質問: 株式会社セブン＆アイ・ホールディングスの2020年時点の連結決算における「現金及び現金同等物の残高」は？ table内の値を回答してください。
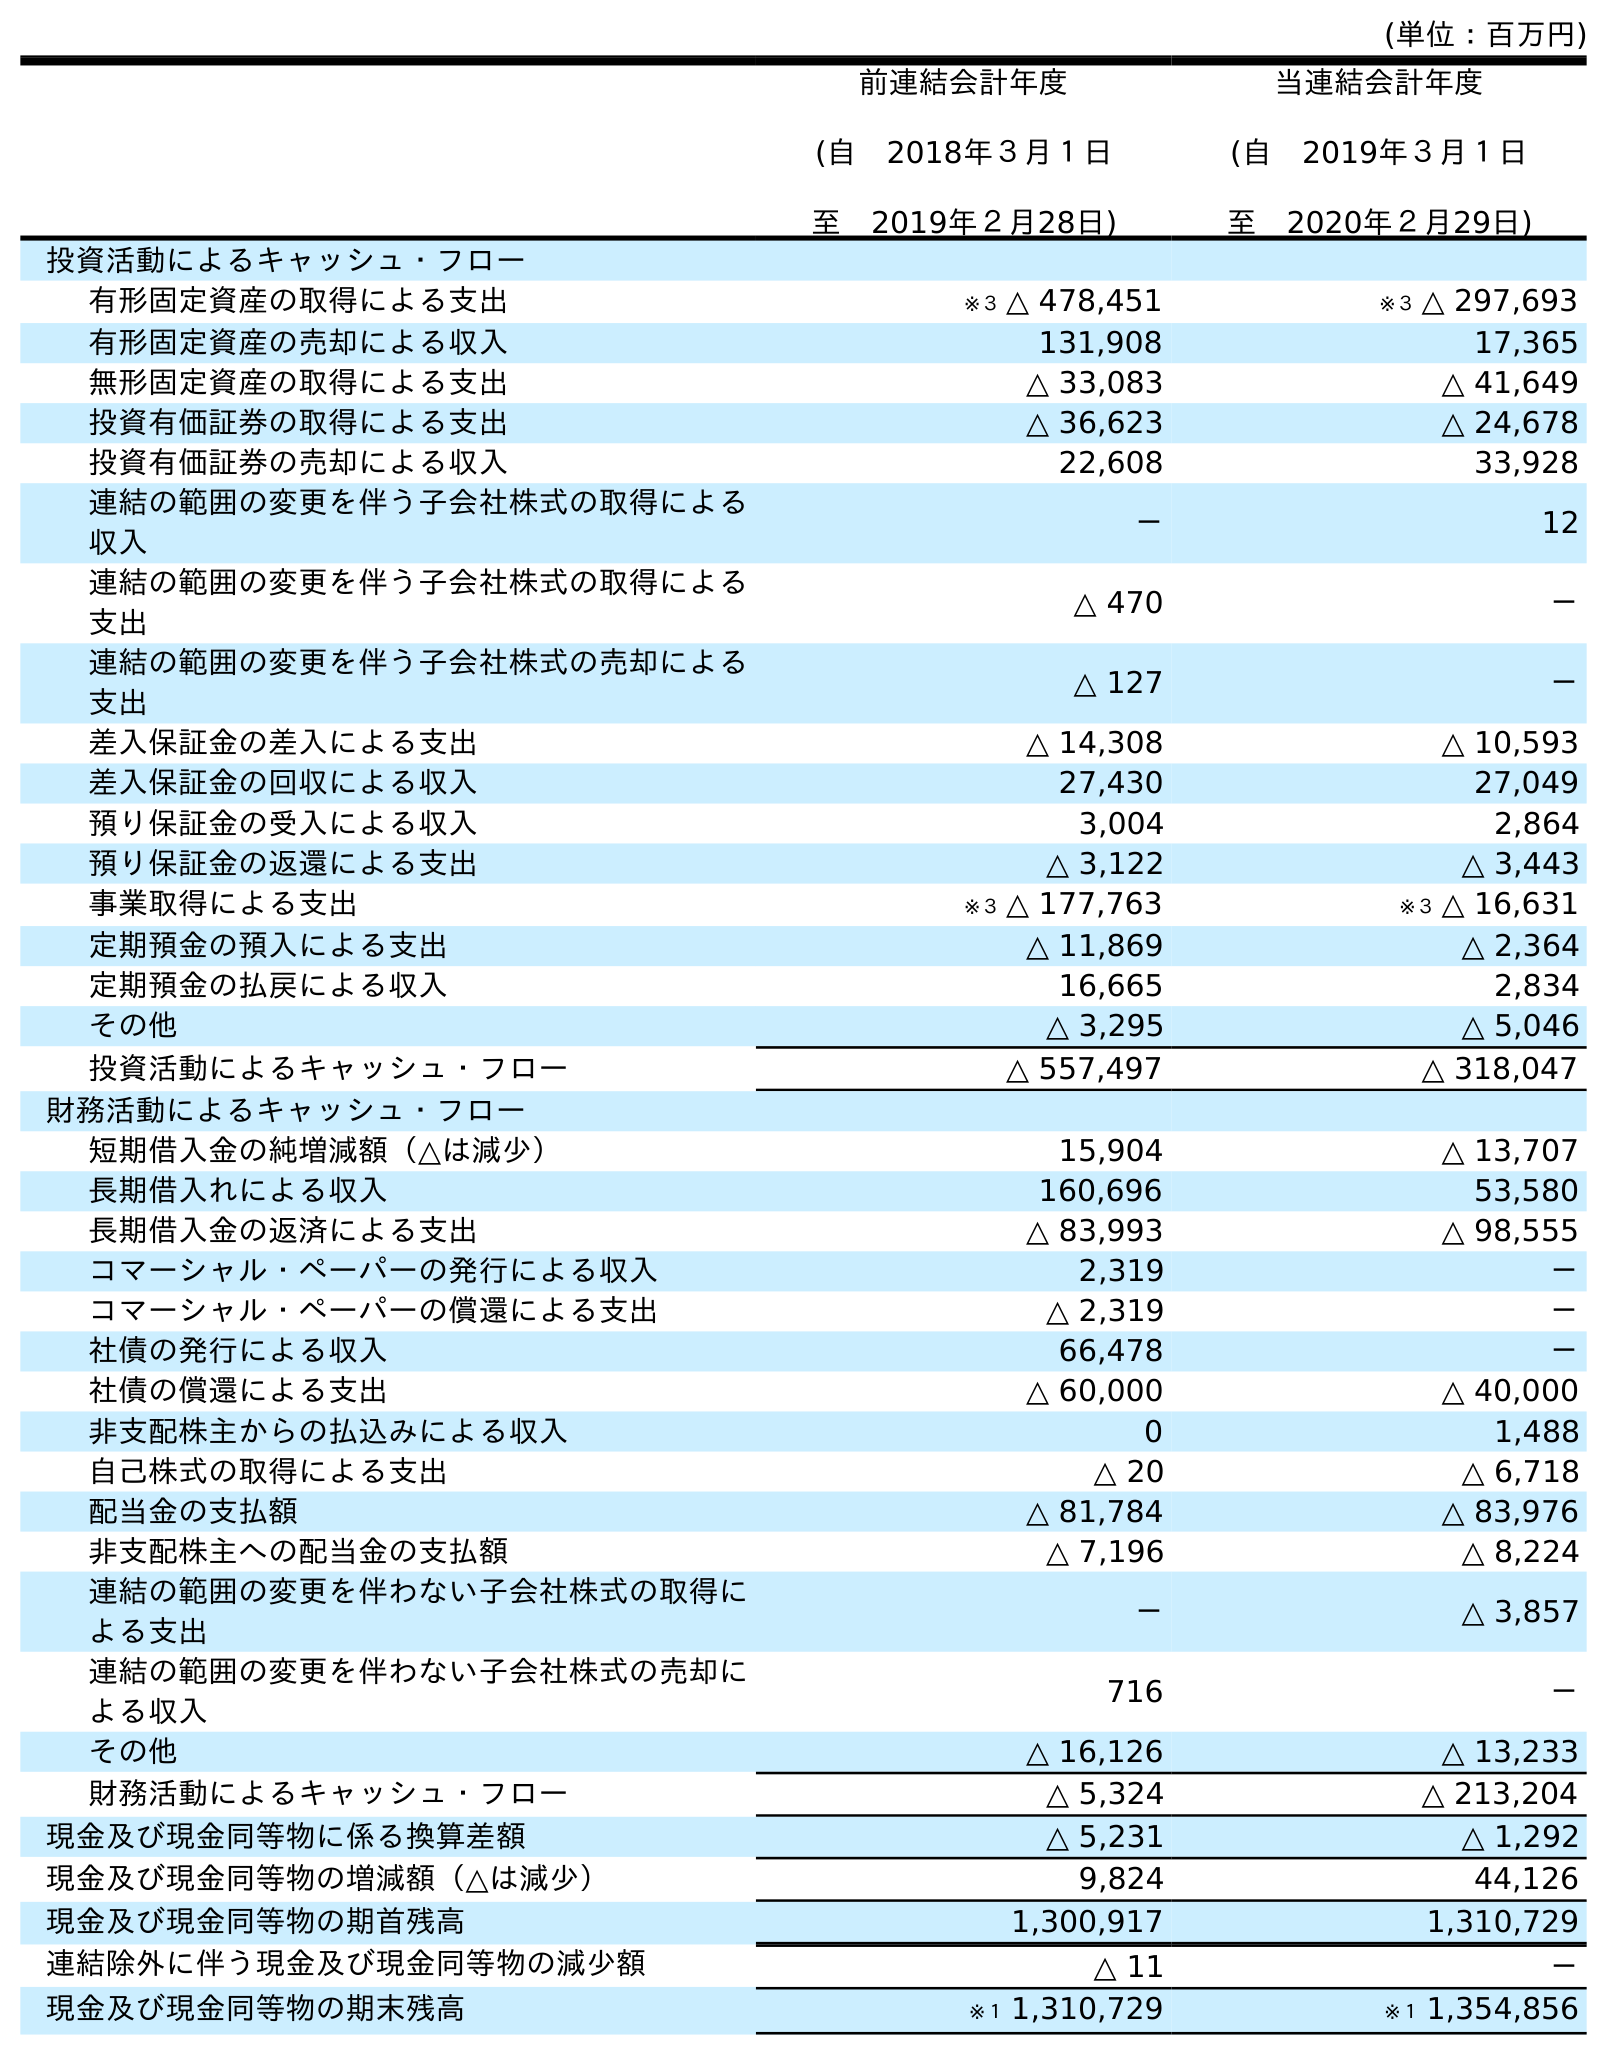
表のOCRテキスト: (単位：百万円) 前連結会計年度 (自 2018年３月１日 至 2019年２月28日) 当連結会計年度 (自 2019年３月１日 至 2020年２月29日) 投資活動によるキャッシュ・フロー 有形固定資産の取得による支出 ※３ △ 478,451 ※３ △ 297,693 有形固定資産の売却による収入 131,908 17,365 無形固定資産の取得による支出 △ 33,083 △ 41,649 投資有価証券の取得による支出 △ 36,623 △ 24,678 投資有価証券の売却による収入 22,608 33,928 連結の範囲の変更を伴う子会社株式の取得による 収入 － 12 連結の範囲の変更を伴う子会社株式の取得による 支出 △ 470 － 連結の範囲の変更を伴う子会社株式の売却による 支出 △ 127 － 差入保証金の差入による支出 △ 14,308 △ 10,593 差入保証金の回収による収入 27,430 27,049 預り保証金の受入による収入 3,004 2,864 預り保証金の返還による支出 △ 3,122 △ 3,443 事業取得による支出 ※３ △ 177,763 ※３ △ 16,631 定期預金の預入による支出 △ 11,869 △ 2,364 定期預金の払戻による収入 16,665 2,834 その他 △ 3,295 △ 5,046 投資活動によるキャッシュ・フロー △ 557,497 △ 318,047 財務活動によるキャッシュ・フロー 短期借入金の純増減額（△は減少） 15,904 △ 13,707 長期借入れによる収入 160,696 53,580 長期借入金の返済による支出 △ 83,993 △ 98,555 コマーシャル・ペーパーの発行による収入 2,319 － コマーシャル・ペーパーの償還による支出 △ 2,319 － 社債の発行による収入 66,478 － 社債の償還による支出 △ 60,000 △ 40,000 非支配株主からの払込みによる収入 0 1,488 自己株式の取得による支出 △ 20 △ 6,718 配当金の支払額 △ 81,784 △ 83,976 非支配株主への配当金の支払額 △ 7,196 △ 8,224 連結の範囲の変更を伴わない子会社株式の取得に よる支出 － △ 3,857 連結の範囲の変更を伴わない子会社株式の売却に よる収入 716 － その他 △ 16,126 △ 13,233 財務活動によるキャッシュ・フロー △ 5,324 △ 213,204 現金及び現金同等物に係る換算差額 △ 5,231 △ 1,292 現金及び現金同等物の増減額（△は減少） 9,824 44,126 現金及び現金同等物の期首残高 1,300,917 1,310,729 連結除外に伴う現金及び現金同等物の減少額 △ 11 － 現金及び現金同等物の期末残高 ※１ 1,310,729 ※１ 1,354,856
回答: ※１1,354,856